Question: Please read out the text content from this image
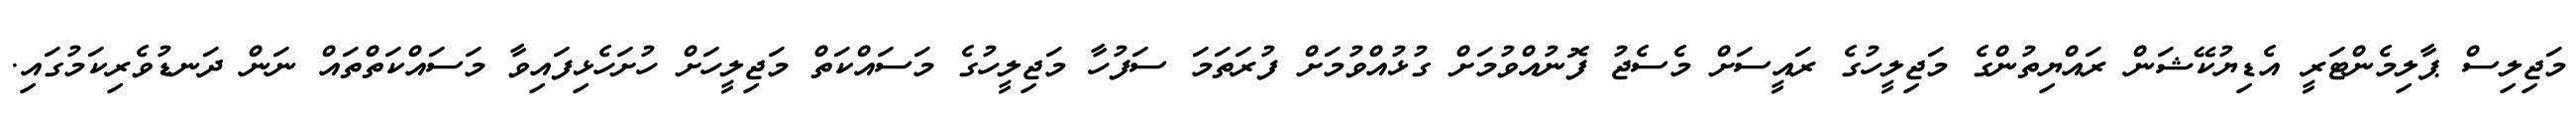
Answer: މަޖިލިސް ޕާލިމެންޓަރީ އެޑިޔުކޭޝަން ރައްޔިތުންގެ މަޖިލީހުގެ ރައީސަށް މެސެޖު ފޮނުއްވުމަށް ގުޅުއްވުމަށް ފުރަތަމަ ސަފުހާ މަޖިލީހުގެ މަސައްކަތް މަޖިލީހަށް ހުށަހެޅިފައިވާ މަސައްކަތްތައް ނަން ދަނޑުވެރިކަމުގައި.